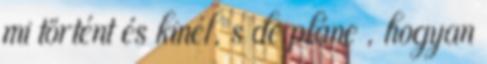
mi történt és kinél, s de pláne , hogyan